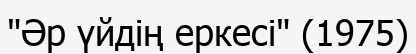
"Әр үйдің еркесі" (1975)